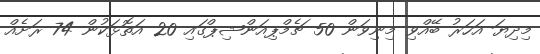
މިދިޔަ އަހަރު ބޭއްވި މިނިވަން 50 ޗެމްޕިއަންޝިޕްގައި 20 އަތޮޅަކުން 74 ރަށެއް